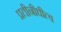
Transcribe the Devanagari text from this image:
प्रतीनीधीत्व